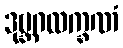
ဒုဗ္ဘဂလက္ခဏံ